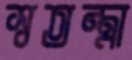
স্বতন্ত্রা